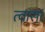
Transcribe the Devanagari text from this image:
त्वासां